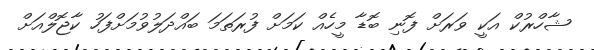
ޝާހްރުކް އަކީ ވަރަށް ފޮނި ބޮޑާ މީހެއް ކަމަށް ފުރަތަމަ ބައްދަލުވުމަށްފަހު ކާޖޮލްއަށް